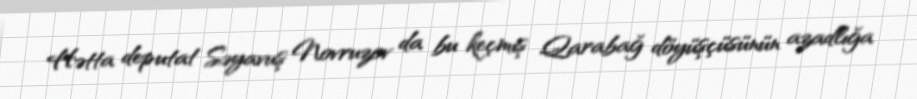
Hətta deputat Səyavuş Novruzov da bu keçmiş Qarabağ döyüşçüsünün azadlığa